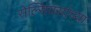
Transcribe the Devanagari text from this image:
सेल्सियसांच्या